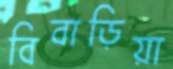
বিবাড়িয়া